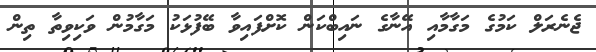
ޖެނެރަލް ކަމުގެ މަގާމާއި އޭނާގެ ނައިބްކަން ކޮށްފައިވާ ބޭފުޅަކު މަގާމުން ވަކިވިތާ ތިން